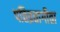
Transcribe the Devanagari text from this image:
पतिव्रतागीता